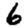
Digit: 6